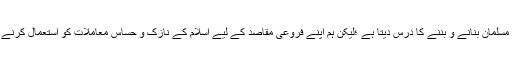
اسلام ہمیں ایک اچھا، سچا اور پکا مسلمان بنانے و بننے کا درس دیتا ہے ؛لیکن ہم اپنے فروعی مقاصد کے لیے اسلام کے نازک و حساس معاملات کو استعمال کرنے میں بالکل خوف خدا نہیں رکھتے۔